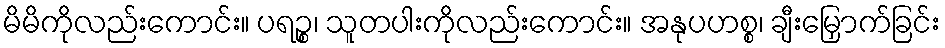
မိမိကိုလည်းကောင်း။ ပရဉ္စ၊ သူတပါးကိုလည်းကောင်း။ အနုပဟစ္စ၊ ချီးမြှောက်ခြင်း